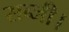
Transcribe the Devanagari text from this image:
सब्जी।